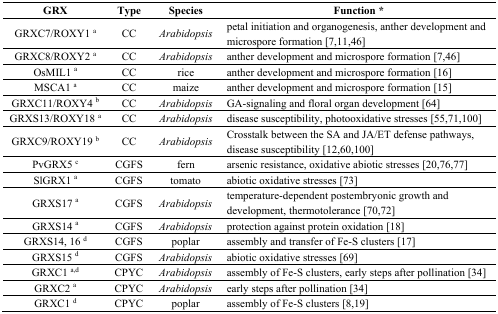
| GRX | Type | Species | Function * |
 | --- | --- | --- | --- |
 | GRXC7/ROXY1 a | CC | Arabidopsis | petal initiation and organogenesis, anther development and microspore formation [7,11,46] |
 | GRXC8/ROXY2 a | CC | Arabidopsis | anther development and microspore formation [7,46] |
 | OsMIL1 a | CC | rice | anther development and microspore formation [16] |
 | MSCA1 a | CC | maize | anther development and microspore formation [15] |
 | GRXC11/ROXY4 b | CC | Arabidopsis | GA-signaling and floral organ development [64] |
 | GRXS13/ROXY18 a | CC | Arabidopsis | disease susceptibility, photooxidative stresses [55,71,100] |
 | GRXC9/ROXY19 b | CC | Arabidopsis | Crosstalk between the SA and JA/ET defense pathways, disease susceptibility [12,60,100] |
 | PvGRX5 c | CGFS | fern | arsenic resistance, oxidative abiotic stresses [20,76,77] |
 | SlGRX1 a | CGFS | tomato | abiotic oxidative stresses [73] |
 | GRXS17 a | CGFS | Arabidopsis | temperature-dependent postembryonic growth and development, thermotolerance [70,72] |
 | GRXS14 a | CGFS | Arabidopsis | protection against protein oxidation [18] |
 | GRXS14, 16 d | CGFS | poplar | assembly and transfer of Fe-S clusters [17] |
 | GRXS15 d | CGFS | Arabidopsis | abiotic oxidative stresses [69] |
 | GRXC1 a,d | CPYC | Arabidopsis | assembly of Fe-S clusters, early steps after pollination [34] |
 | GRXC2 a | CPYC | Arabidopsis | early steps after pollination [34] |
 | GRXC1 d | CPYC | poplar | assembly of Fe-S clusters [8,19] |